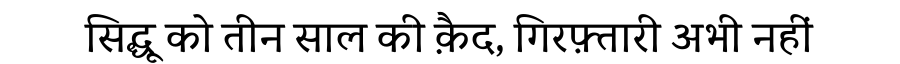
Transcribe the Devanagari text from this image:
सिद्धू को तीन साल की क़ैद, गिरफ़्तारी अभी नहीं